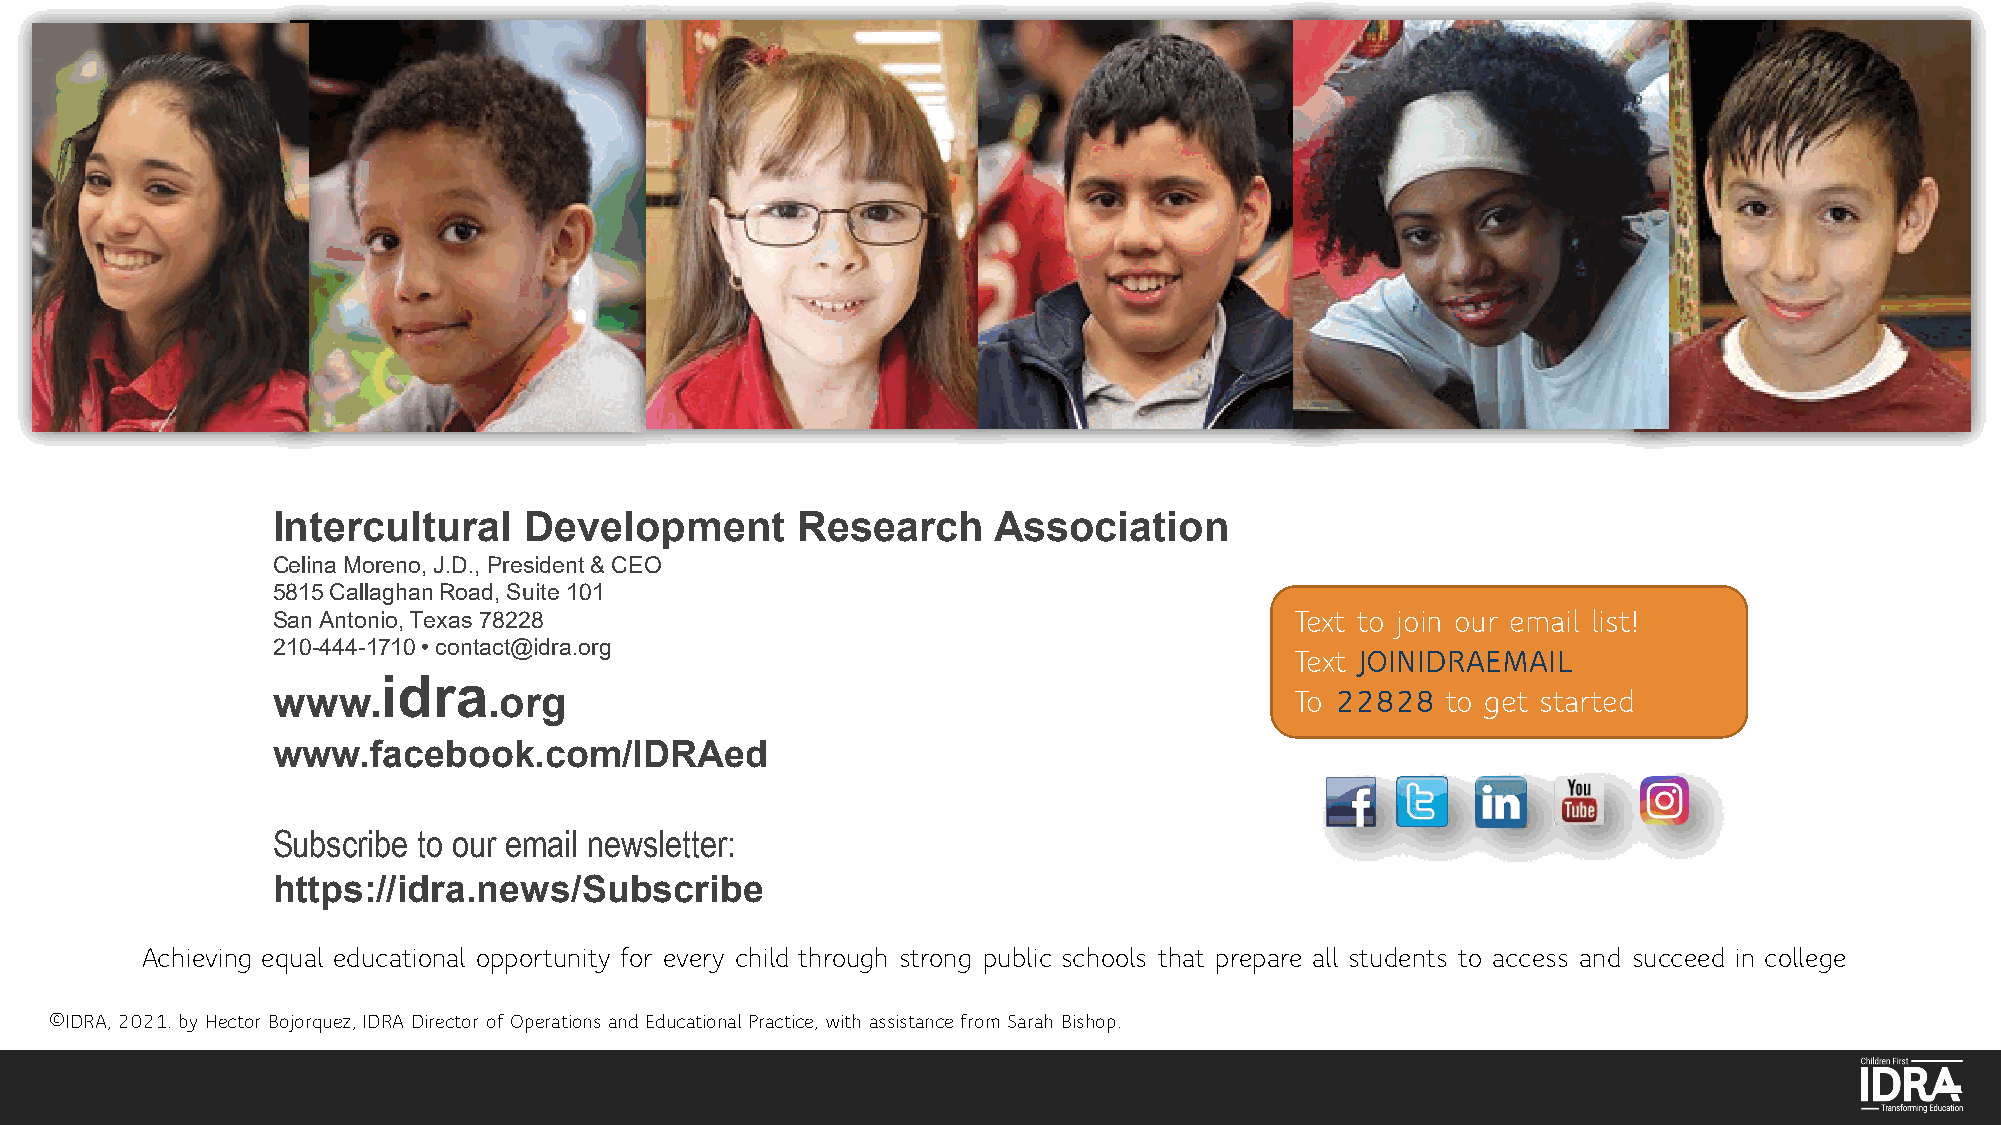
Intercultural    Development       Research     Association
 Celina Moreno, J.D., President & CEO
 5815 Callaghan Road, Suite 101
 San Antonio, Texas 78228                                            Text to join our email list!
 210-444-1710 • contact@idra.org
 Text JOINIDRAEMAIL
 www.idra      .org                                                  To 22828  to get started
 www.facebook.com/IDRAed
 Subscribe to our email newsletter:
 https://idra.news/Subscribe
 Achieving equal educational opportunity for every child through strong public schools that prepare all students to access and succeed in college
 ©IDRA, 2021. by Hector Bojorquez, IDRA Director of Operations and Educational Practice, with assistance from Sarah Bishop.